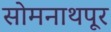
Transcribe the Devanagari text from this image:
सोमनाथपूर